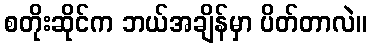
စတိုးဆိုင်က ဘယ်အချိန်မှာ ပိတ်တာလဲ။